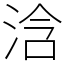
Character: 浛